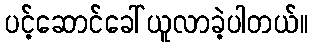
ပင့်ဆောင်ခေါ်ယူလာခဲ့ပါတယ်။